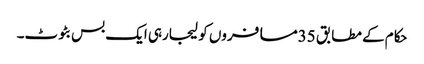
حکام کے مطابق 35مسافروں کو لیجارہی ایک بس بٹوٹ۔